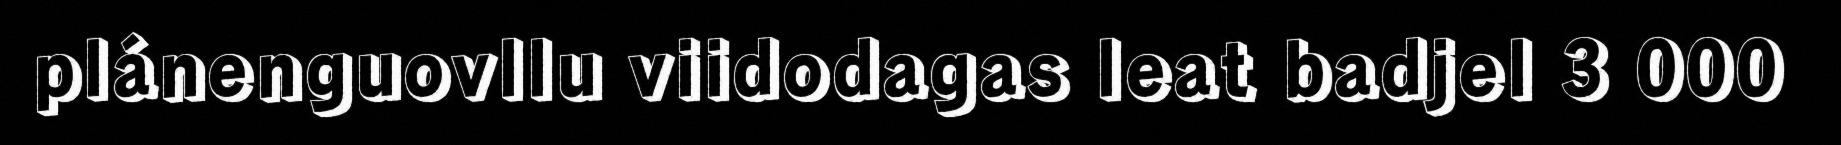
plánenguovllu viidodagas leat badjel 3 000